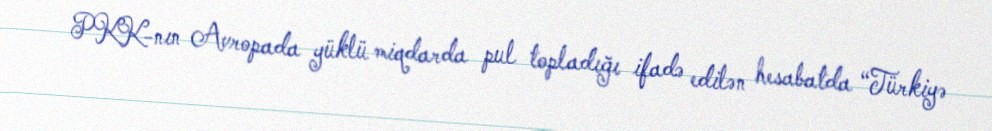
PKK-nın Avropada yüklü miqdarda pul topladığı ifadə edilən hesabatda “Türkiyə